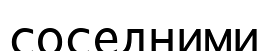
соседними